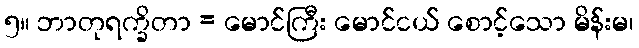
၅။ ဘာတုရက္ခိတာ = မောင်ကြီး မောင်ငယ် စောင့်သော မိန်းမ၊